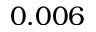
0 . 0 0 6